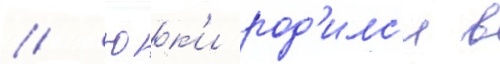
// Юк'и род'илс'я в